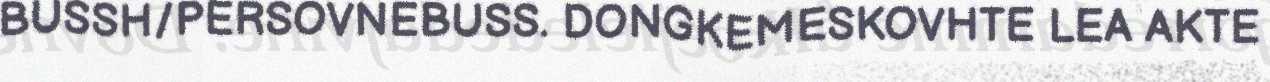
BUSSH/PERSOVNEBUSS. DONGKEMESKOVHTE LEA AKTE